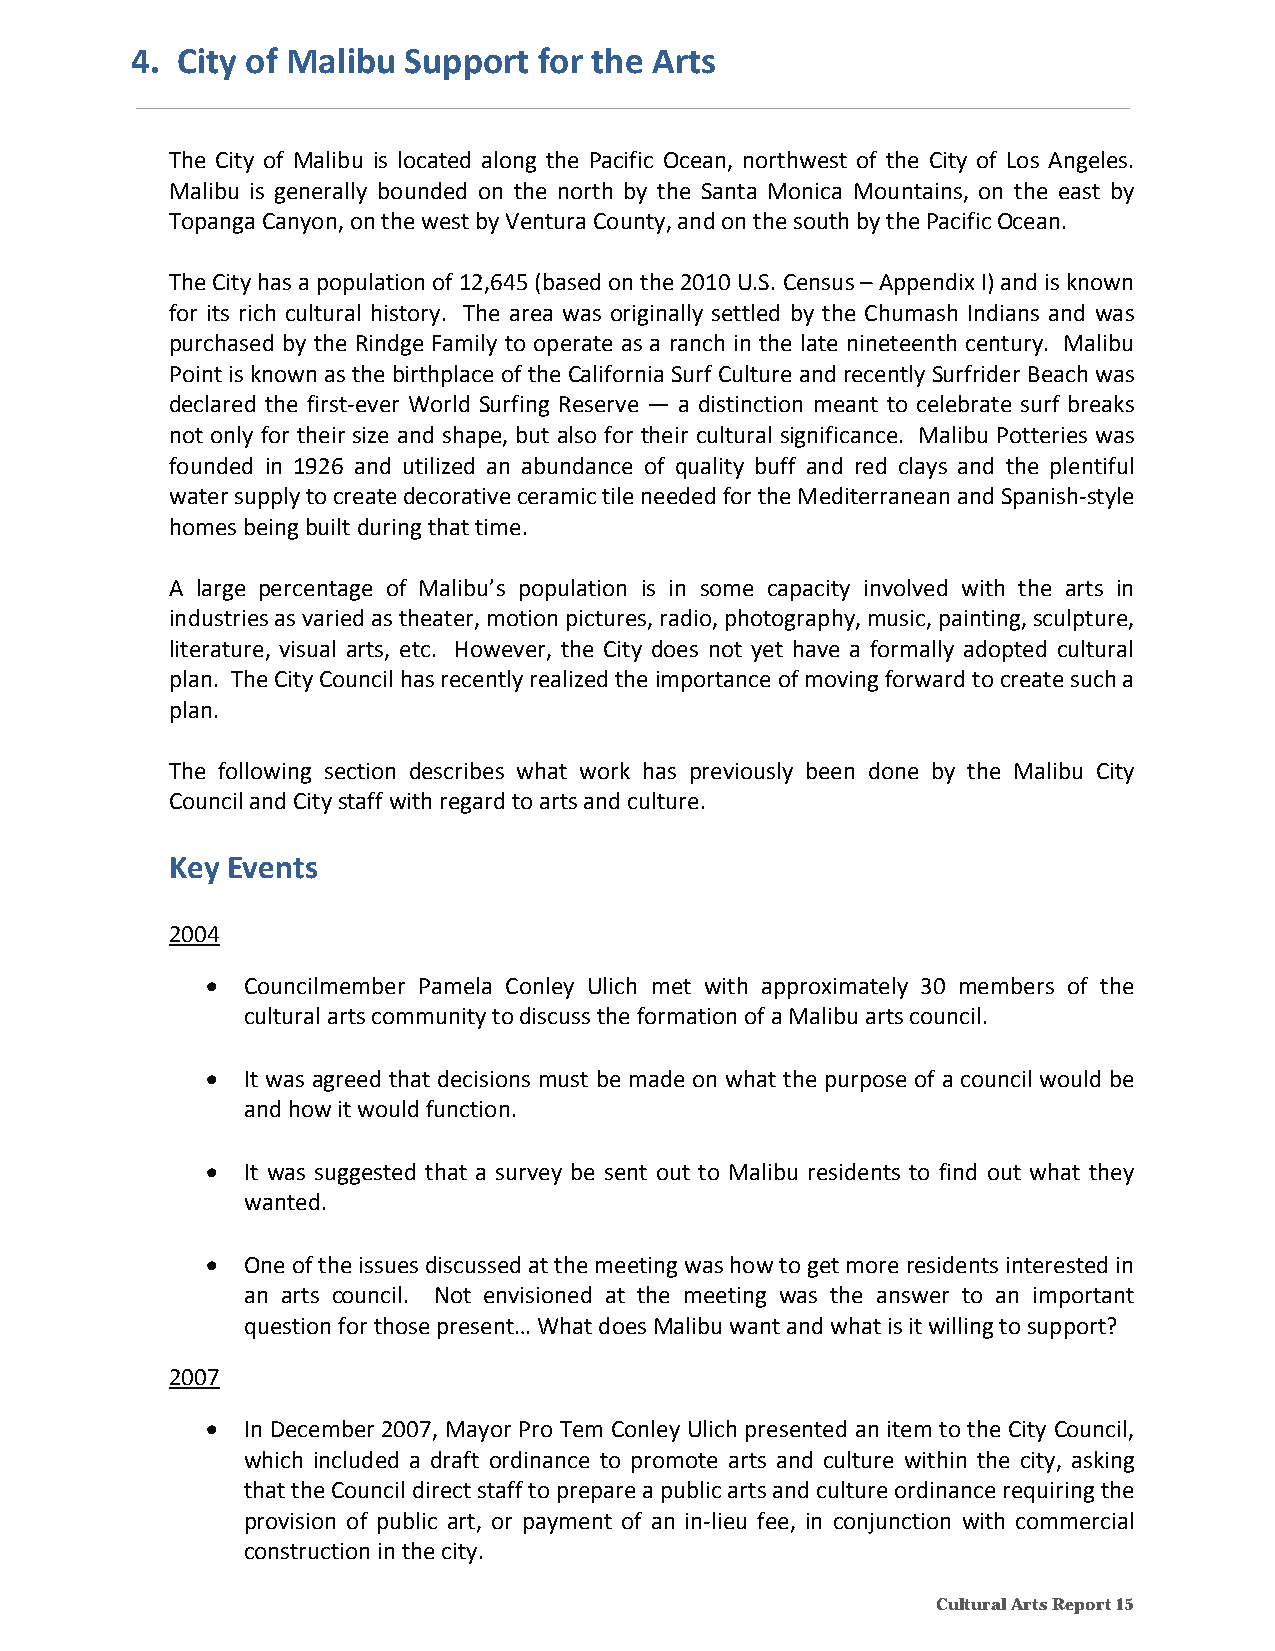
4. City of Malibu Support  for the Arts
 The City of Malibu is located along the Pacific Ocean, northwest of the City of Los Angeles.
 Malibu is generally bounded on the north by the Santa Monica Mountains, on the east by
 Topanga Canyon, on the west by Ventura County, and on the south by the Pacific Ocean.
 The City has a population of 12,645 (based on the 2010 U.S. Census – Appendix I) and is known
 for its rich cultural history. The area was originally settled by the Chumash Indians and was
 purchased by the Rindge Family to operate as a ranch in the late nineteenth century. Malibu
 Point is known as the birthplace of the California Surf Culture and recently Surfrider Beach was
 declared the first‐ever World Surfing Reserve — a distinction meant to celebrate surf breaks
 not only for their size and shape, but also for their cultural significance. Malibu Potteries was
 founded in 1926 and utilized an abundance of quality buff and red clays and the plentiful
 water supply to create decorative ceramic tile needed for the Mediterranean and Spanish‐style
 homes being built during that time.
 A large percentage of Malibu’s population is in some capacity involved with the arts in
 industries as varied as theater, motion pictures, radio, photography, music, painting, sculpture,
 literature, visual arts, etc. However, the City does not yet have a formally adopted cultural
 plan. The City Council has recently realized the importance of moving forward to create such a
 plan.
 The following section describes what work has previously been done by the Malibu City
 Council and City staff with regard to arts and culture.
 Key Events
 2004
  Councilmember Pamela Conley Ulich met with approximately 30 members of the
 cultural arts community to discuss the formation of a Malibu arts council.
  It was agreed that decisions must be made on what the purpose of a council would be
 and how it would function.
  It was suggested that a survey be sent out to Malibu residents to find out what they
 wanted.
  One of the issues discussed at the meeting was how to get more residents interested in
 an arts council. Not envisioned at the meeting was the answer to an important
 question for those present… What does Malibu want and what is it willing to support?
 2007
  In December 2007, Mayor Pro Tem Conley Ulich presented an item to the City Council,
 which included a draft ordinance to promote arts and culture within the city, asking
 that the Council direct staff to prepare a public arts and culture ordinance requiring the
 provision of public art, or payment of an in‐lieu fee, in conjunction with commercial
 construction in the city.
 Cultural Arts Report 15